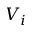
V _ { i }